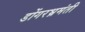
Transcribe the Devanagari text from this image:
डोंगरभ्रमंती